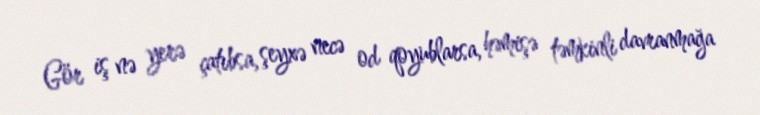
Gör iş nə yerə çatıbsa, şeyxə necə od qoyublarsa, həmişə təmkinli davranmağa